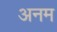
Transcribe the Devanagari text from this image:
अनम